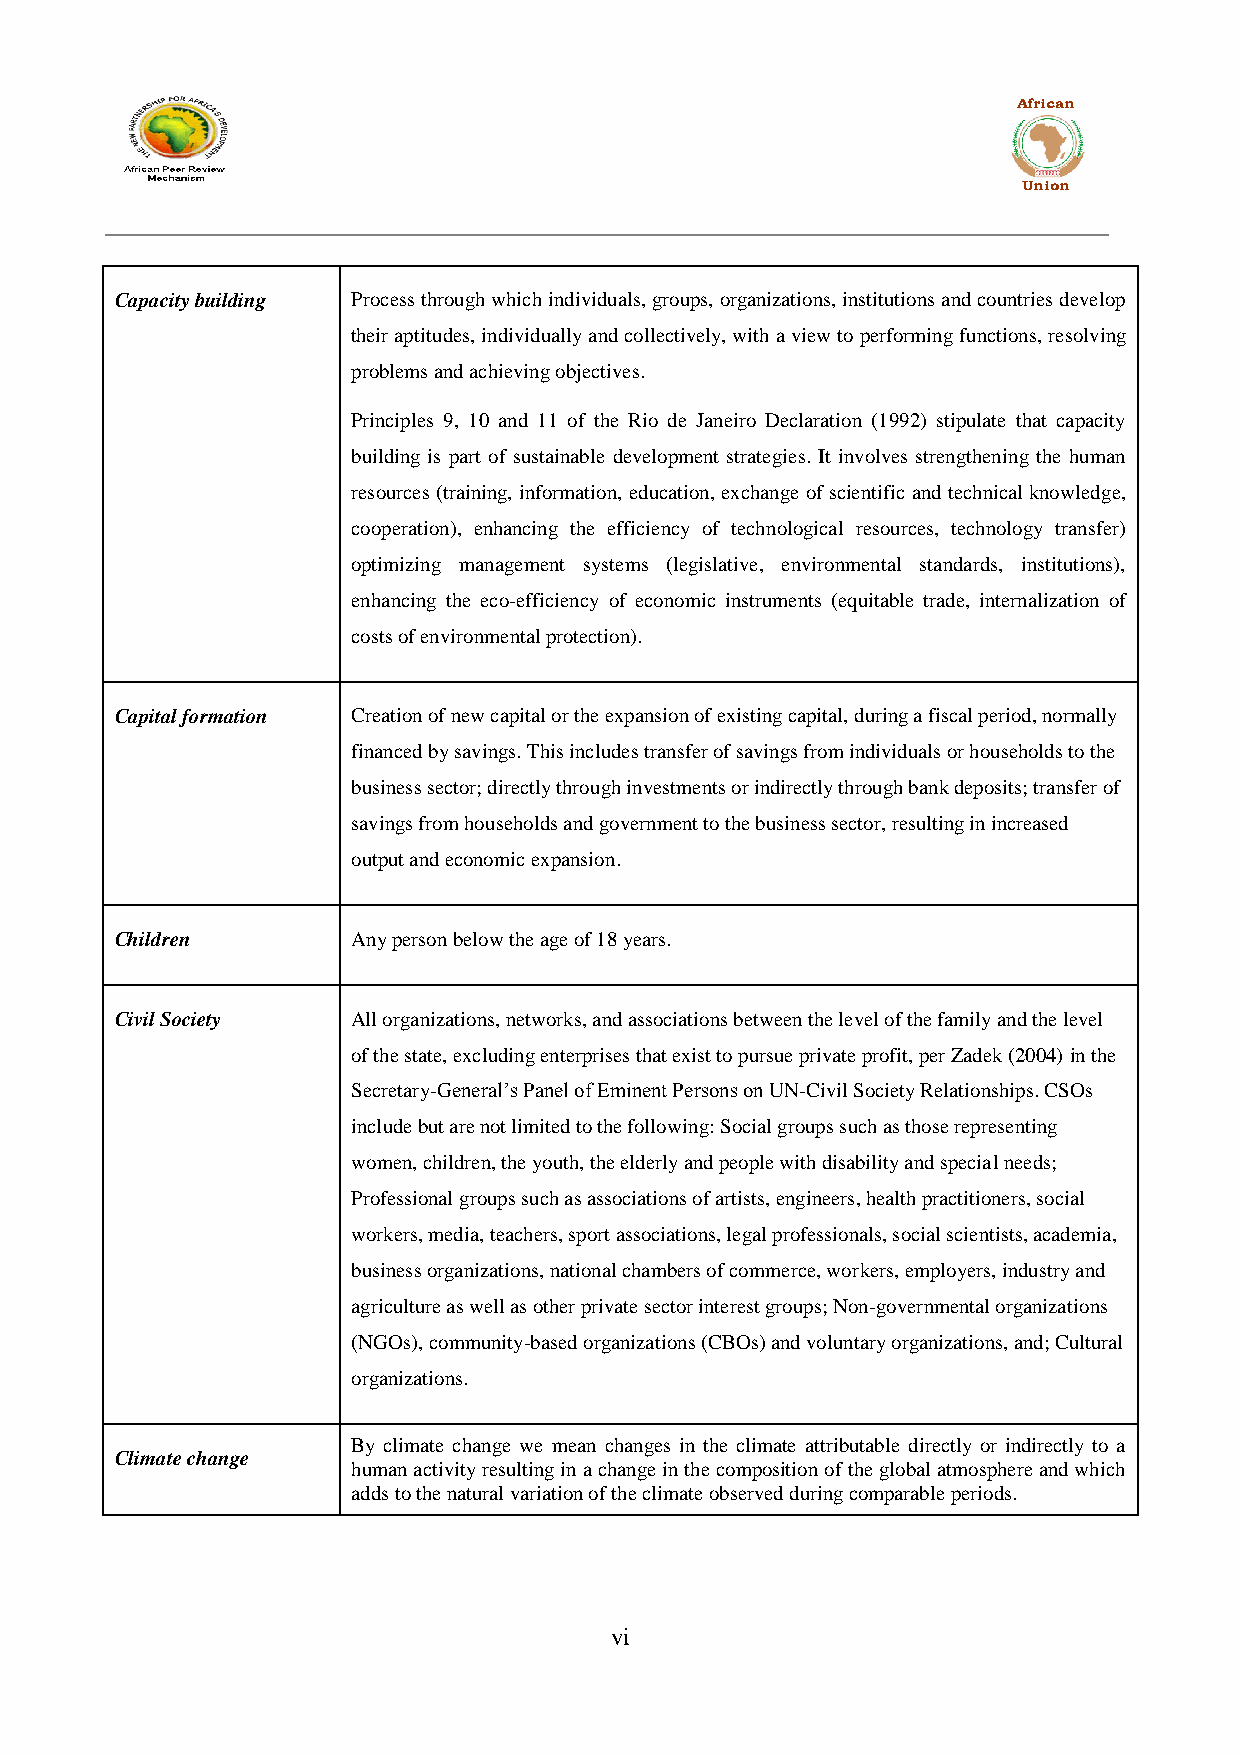
African
 Union
 Capacity building Process through which individuals, groups, organizations, institutions and countries develop
 their aptitudes, individually and collectively, with a view to performing functions, resolving
 problems and achieving objectives.
 Principles 9, 10 and 11 of the Rio de Janeiro Declaration (1992) stipulate that capacity
 building is part of sustainable development strategies. It involves strengthening the human
 resources (training, information, education, exchange of scientific and technical knowledge,
 cooperation), enhancing the efficiency of technological resources, technology transfer)
 optimizing management systems (legislative, environmental standards, institutions),
 enhancing the eco-efficiency of economic instruments (equitable trade, internalization of
 costs of environmental protection).
 Capital formation Creation of new capital or the expansion of existing capital, during a fiscal period, normally
 financed by savings. This includes transfer of savings from individuals or households to the
 business sector; directly through investments or indirectly through bank deposits; transfer of
 savings from households and government to the business sector, resulting in increased
 output and economic expansion.
 Children       Any person below the age of 18 years.
 Civil Society  All organizations, networks, and associations between the level of the family and the level
 of the state, excluding enterprises that exist to pursue private profit, per Zadek (2004) in the
 Secretary-General‟s Panel of Eminent Persons on UN-Civil Society Relationships. CSOs
 include but are not limited to the following: Social groups such as those representing
 women, children, the youth, the elderly and people with disability and special needs;
 Professional groups such as associations of artists, engineers, health practitioners, social
 workers, media, teachers, sport associations, legal professionals, social scientists, academia,
 business organizations, national chambers of commerce, workers, employers, industry and
 agriculture as well as other private sector interest groups; Non-governmental organizations
 (NGOs), community-based organizations (CBOs) and voluntary organizations, and; Cultural
 organizations.
 By climate change we mean changes in the climate attributable directly or indirectly to a
 Climate change
 human activity resulting in a change in the composition of the global atmosphere and which
 adds to the natural variation of the climate observed during comparable periods.
 vi